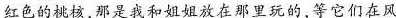
红色的桃核，那是我和姐姐放在那里玩的，等它们在风